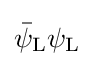
{\bar {\psi }}_{\rm {L}}\psi _{\rm {L}}